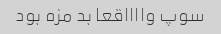
سوپ وااااقعا بد مزه بود